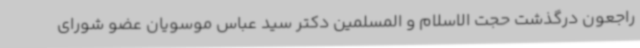
راجعون درگذشت حجت الاسلام و المسلمین دکتر سید عباس موسویان عضو شورای